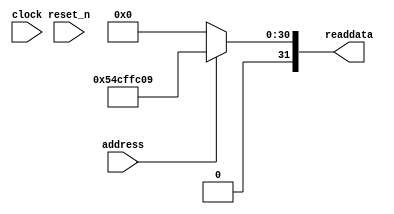
module niosII_system_sysid_qsys_0_1 (
                address,
                clock,
                reset_n,
                readdata
             )
;
  output  [ 31: 0] readdata;
  input            address;
  input            clock;
  input            reset_n;
  wire    [ 31: 0] readdata;
  assign readdata = address ? 1422916617 : 0;
endmodule